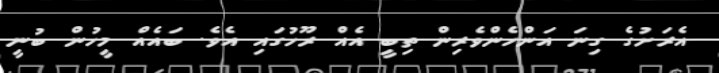
އެރަށުގެ ގިނަ އަންހެންވެރިން ތިބީ އެއް ރޫހުގައި އެވެ. ބައެއް މީހުން ބުނީ